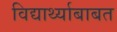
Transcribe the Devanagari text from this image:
विद्यार्थ्याबाबत